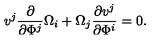
v ^ { j } \frac { \partial } { \partial \Phi ^ { j } } \Omega _ { i } + \Omega _ { j } \frac { \partial v ^ { j } } { \partial \Phi ^ { i } } = 0 .